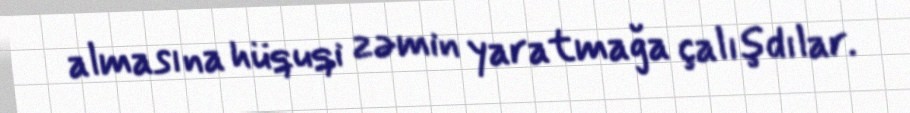
almasına hüquqi zəmin yaratmağa çalışdılar.